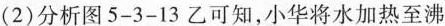
(2)分析图5-3-13乙可知，小华将水加热至沸